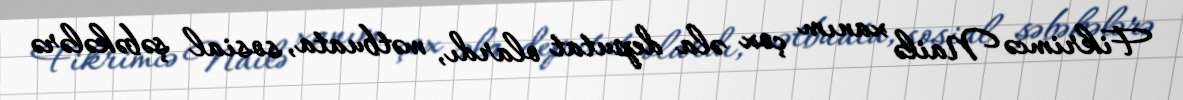
Fikrimcə Nailə xanım çox əla deputat olardı, mətbuata, sosial şəbəkələrə